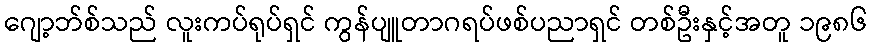
ဂျော့ဘ်စ်သည် လူးကပ်ရုပ်ရှင် ကွန်ပျူတာဂရပ်ဖစ်ပညာရှင် တစ်ဦးနှင့်အတူ ၁၉၈၆